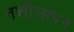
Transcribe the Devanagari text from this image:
नशीलापन